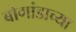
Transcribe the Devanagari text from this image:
बोगांडाच्या